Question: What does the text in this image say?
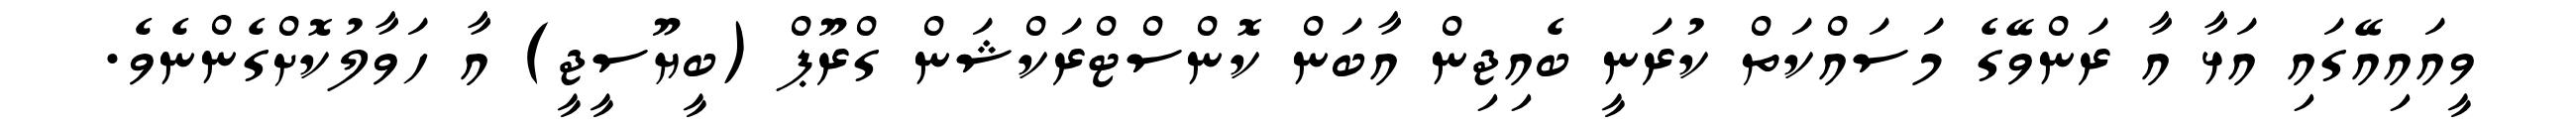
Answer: ވީއައިއޭގައި އަޅާ އާ ރަންވޭގެ މަސައްކަތް ކުރަނީ ބެއިޖިން އާބަން ކޮންސްޓްރަކްޝަން ގްރޫޕް (ބީޔޫސީޖީ) އާ ހަވާލުކޮށްގެންނެވެ.